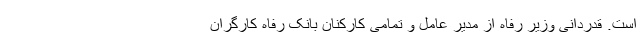
است. قدردانی وزیر رفاه از مدیر عامل و تمامی کارکنان بانک رفاه کارگران